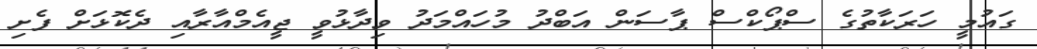
ގައުމީ ހަރަކާތުގެ ސްޕޯކްސް ޕާސަން އަބްދު މުހައްމަދު ވިދާޅުވީ ޖީއެމްއާރާއި ދެކޮޅަށް ފެށި